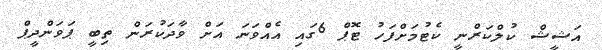
އަޝީޝް ކުލްކަރްނީ ކެޓުމަށްފަހު ޓޮޕް 6ގައި އެއްވަނަ އަށް ވާދަކުރަން ތިބީ ޕަވަންދީޕް